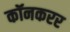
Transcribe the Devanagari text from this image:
कॉनकरर